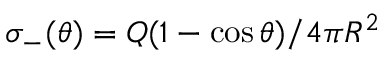
\sigma _ { - } ( \theta ) = Q ( 1 - \cos { \theta } ) / 4 \pi R ^ { 2 }